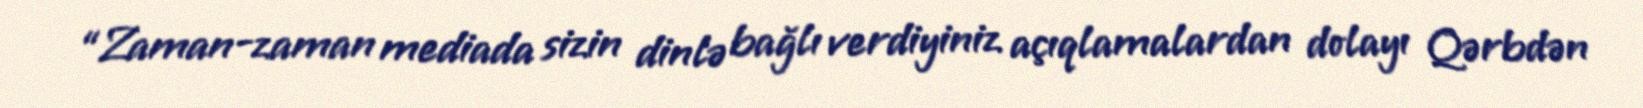
“Zaman-zaman mediada sizin dinlə bağlı verdiyiniz açıqlamalardan dolayı Qərbdən